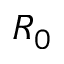
R _ { 0 }